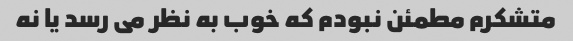
متشکرم مطمئن نبودم که خوب به نظر می رسد یا نه